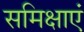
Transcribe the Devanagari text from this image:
समिक्षाएं